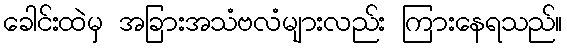
ခေါင်းထဲမှ အခြားအသံဗလံများလည်း ကြားနေရသည်။